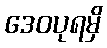
ဒေဝပုရမှိ